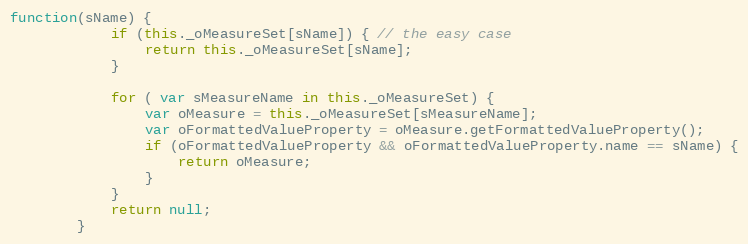
Language: JavaScript
function(sName) {
			if (this._oMeasureSet[sName]) { // the easy case
				return this._oMeasureSet[sName];
			}

			for ( var sMeasureName in this._oMeasureSet) {
				var oMeasure = this._oMeasureSet[sMeasureName];
				var oFormattedValueProperty = oMeasure.getFormattedValueProperty();
				if (oFormattedValueProperty && oFormattedValueProperty.name == sName) {
					return oMeasure;
				}
			}
			return null;
		}